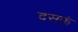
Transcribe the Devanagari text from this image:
दसकं